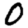
Digit: 0